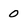
Character: 0